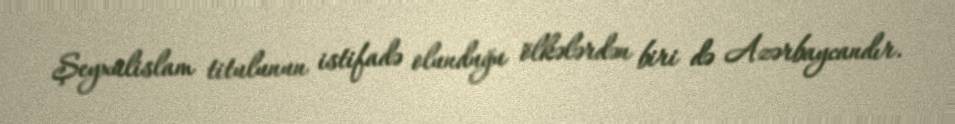
Şeyxülislam titulunun istifadə olunduğu ölkələrdən biri də Azərbaycandır.